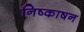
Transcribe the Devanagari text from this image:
निष्काषन